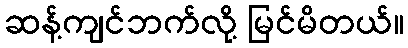
ဆန့်ကျင်ဘက်လို့ မြင်မိတယ်။